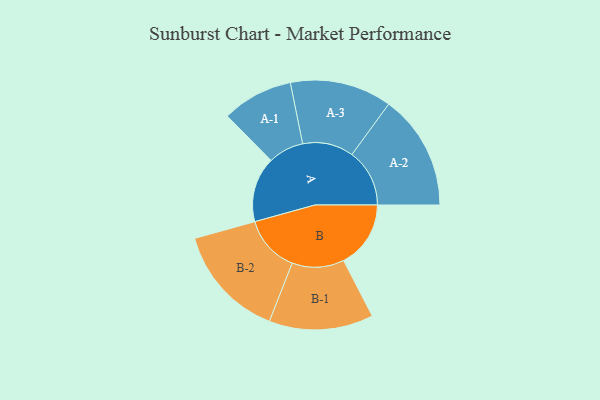
{"axis": {"x": "Segment", "y": "Value"}, "legend": ["", "A", "B"], "data": [{"x": "A", "y": 330, "type": ""}, {"x": "B", "y": 340, "type": ""}, {"x": "A-1", "y": 180, "type": "A"}, {"x": "A-2", "y": 292, "type": "A"}, {"x": "A-3", "y": 258, "type": "A"}, {"x": "B-1", "y": 264, "type": "B"}, {"x": "B-2", "y": 288, "type": "B"}]}